Civil Veterinary Department Bihar & Orissa reports 1929-36 - 1929-1936
Year: 1929
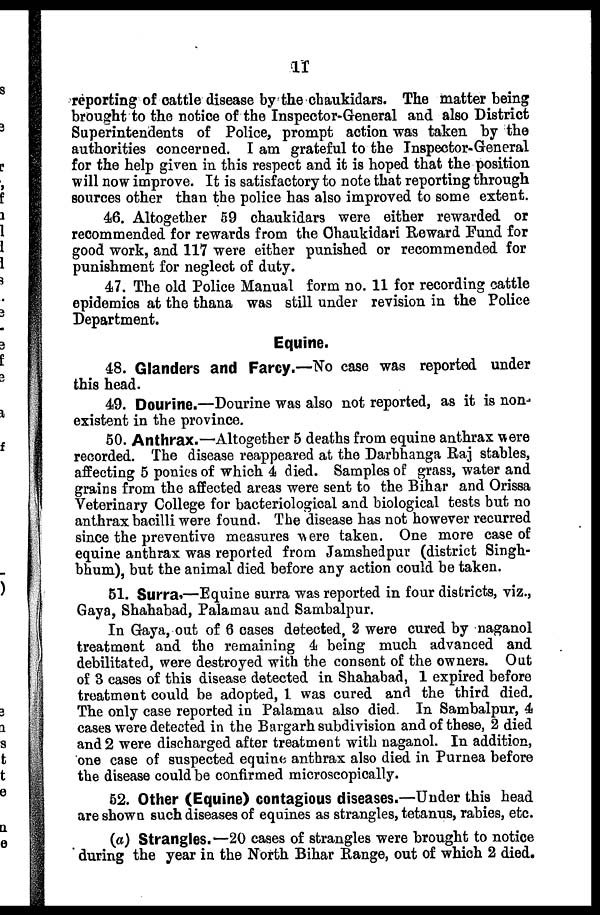
11
reporting of cattle disease by the chaukidars. The matter being
brought to the notice of the Inspector-General and also District
Superintendents of Police, prompt action was taken by the
authorities concerned. I am grateful to the Inspector-General
for the help given in this respect and it is hoped that the position
will now improve. It is satisfactory to note that reporting through
sources other than the police has also improved to some extent.
46. Altogether 59 chaukidars were either rewarded or
recommended for rewards from the Chaukidari Reward Fund for
good work, and 117 were either punished or recommended for
punishment for neglect of duty.
47. The old Police Manual form no. 11 for recording cattle
epidemics at the thana was still under revision in the Police
Department.
Equine.
48. Glanders and Farcy.—No case was reported under
this head.
49. Dourine.—Dourine was also not reported, as it is non-
existent in the province.
50. Anthrax.—Altogether 5 deaths from equine anthrax were
recorded. The disease reappeared at the Darbhanga Raj stables,
affecting 5 ponies of which 4 died. Samples of grass, water and
grains from the affected areas were sent to the Bihar and Orissa
Veterinary College for bacteriological and biological tests but no
anthrax bacilli were found. The disease has not however recurred
since the preventive measures were taken. One more case of
equine anthrax was reported from Jamshedpur (district Singh-
bhuni), but the animal died before any action could be taken.
51. Surra.—Equine surra was reported in four districts, viz.,
Gaya, Shahabad, Palamau and Sambalpur.
In Gaya, out of 6 cases detected, 2 were cured by naganol
treatment and the remaining 4 being much advanced and
debilitated, were destroyed with the consent of the owners. Out
of 3 cases of this disease detected in Shahabad, 1 expired before
treatment could be adopted, I was cured and the third died.
The only case reported in Palamau also died. In Sambalpur, 4
cases were detected in the Bargarh subdivision and of these, 2 died
and 2 were discharged after treatment with naganol. In addition,
one case of suspected equine anthrax also died in Purnea before
the disease could be confirmed microscopically.
52. Other (Equine) contagious diseases.—Under this head
are shown such diseases of equines as strangles, tetanus, rabies, etc.
(a) Strangles.—20 cases of strangles were brought to notice
during the year in the North Bihar Range, out of which 2 died.